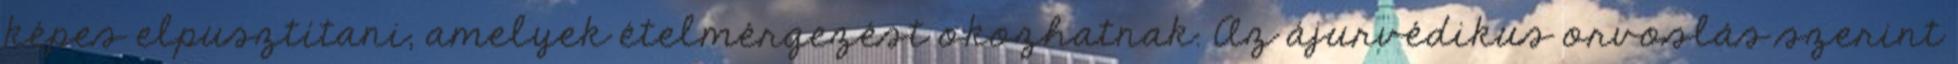
képes elpusztítani, amelyek ételmérgezést okozhatnak. Az ájurvédikus orvoslás szerint